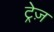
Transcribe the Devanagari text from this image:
ट्रेज़